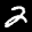
Label: 2